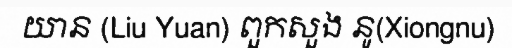
យាន (Liu Yuan) ពួកសួង នូ(Xiongnu)